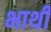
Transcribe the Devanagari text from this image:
भाथी